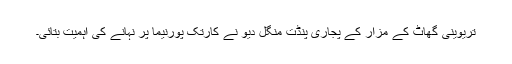
تریوینی گھاٹ کے مزار کے پجاری پنڈت منگل دیو نے کارتک پورنیما پر نہانے کی اہمیت بتائی۔